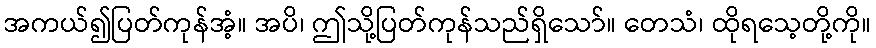
အကယ်၍ပြတ်ကုန်အံ့။ အပိ၊ ဤသို့ပြတ်ကုန်သည်ရှိသော်။ တေသံ၊ ထိုရသေ့တို့ကို။